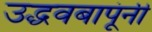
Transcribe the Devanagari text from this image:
उद्धवबापूंनी